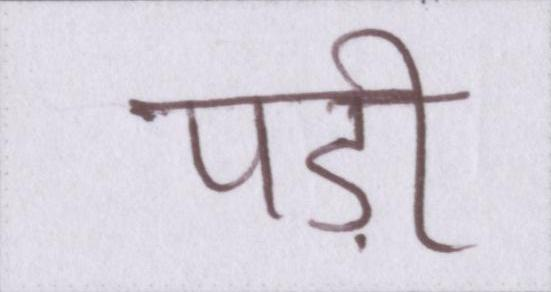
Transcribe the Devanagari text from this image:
पड़ी